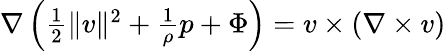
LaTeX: \begin{array}{r}{\nabla\left(\frac{1}{2}\| v\| ^{2}+\frac{1}{\rho}p+\Phi\right)=v\times(\nabla\times v)}\end{array}